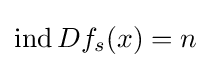
\operatorname {ind} Df_{s}(x)=n